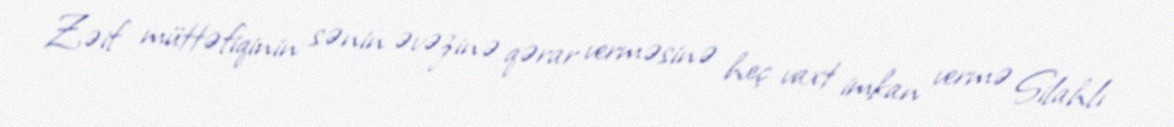
Zəif müttəfiqinin sənin əvəzinə qərar verməsinə heç vaxt imkan vermə Silahlı